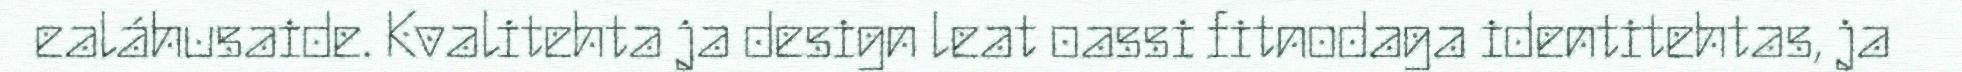
ealáhusaide. Kvalitehta ja design leat oassi fitnodaga identitehtas, ja